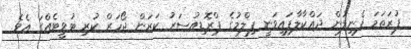
ފުރަތަމަ ފެނިލުން ދައްކާލާފައިވަނީ ފިލްމުގެ ޕްރޮޑިއުސަރު ކަރަން ޖޯހަރް ކުރި ޓުވީޓެއްގަ އެވެ.